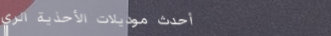
أحدث موديلات الأحذية الري